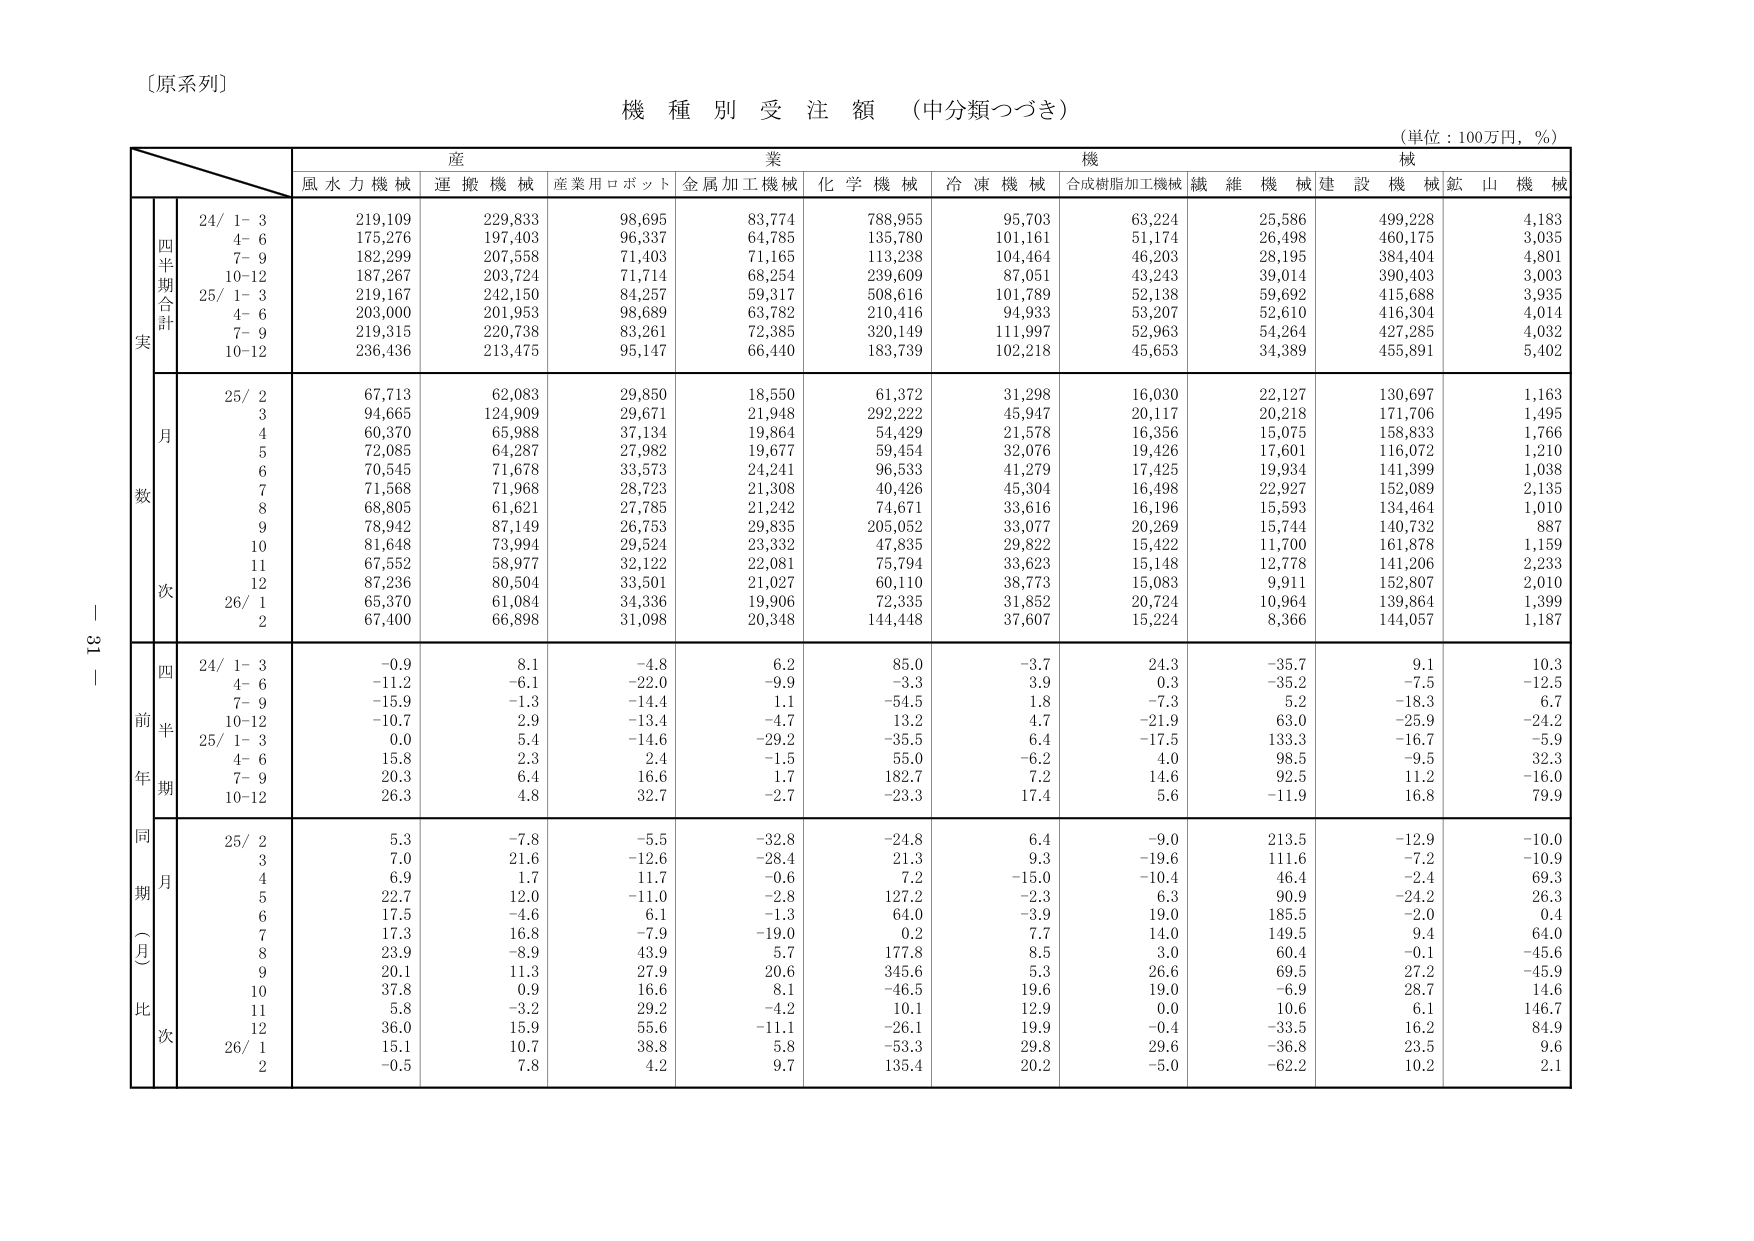
〔原系列〕

機 種 別 受 注 額 （中分類つづき）
（単位：100万円，％）